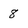
Character: 8